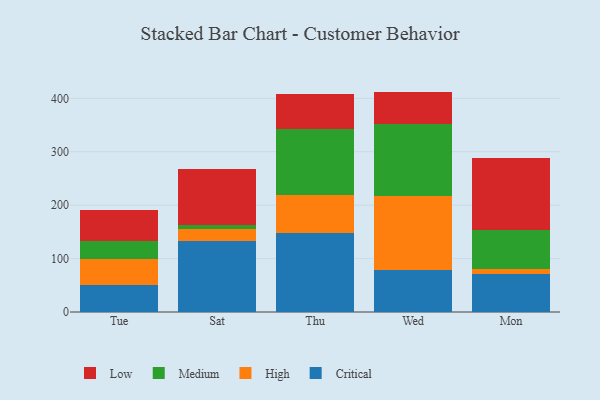
{"axis": {"x": "Day", "y": "Population (Million)"}, "legend": ["Critical", "High", "Low", "Medium"], "data": [{"x": "Tue", "y": 49.7, "type": "Critical"}, {"x": "Tue", "y": 49.5, "type": "High"}, {"x": "Tue", "y": 33.5, "type": "Medium"}, {"x": "Tue", "y": 58.5, "type": "Low"}, {"x": "Sat", "y": 133.1, "type": "Critical"}, {"x": "Sat", "y": 21.8, "type": "High"}, {"x": "Sat", "y": 8.5, "type": "Medium"}, {"x": "Sat", "y": 104.1, "type": "Low"}, {"x": "Thu", "y": 148.2, "type": "Critical"}, {"x": "Thu", "y": 71.3, "type": "High"}, {"x": "Thu", "y": 122.4, "type": "Medium"}, {"x": "Thu", "y": 66.6, "type": "Low"}, {"x": "Wed", "y": 78.4, "type": "Critical"}, {"x": "Wed", "y": 138.3, "type": "High"}, {"x": "Wed", "y": 134.8, "type": "Medium"}, {"x": "Wed", "y": 61.1, "type": "Low"}, {"x": "Mon", "y": 70.3, "type": "Critical"}, {"x": "Mon", "y": 11.1, "type": "High"}, {"x": "Mon", "y": 72.0, "type": "Medium"}, {"x": "Mon", "y": 134.9, "type": "Low"}]}